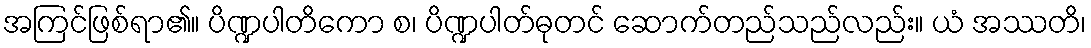
အကြင်ဖြစ်ရာ၏။ ပိဏ္ဍပါတိကော စ၊ ပိဏ္ဍပါတ်ဓုတင် ဆောက်တည်သည်လည်း။ ယံ အဿတိ၊